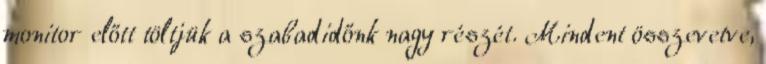
monitor előtt töltjük a szabadidőnk nagy részét. Mindent összevetve,